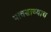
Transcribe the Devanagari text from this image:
पावसाच्याच